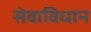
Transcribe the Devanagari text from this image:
सेवाविधान